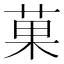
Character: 菓